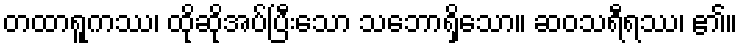
တထာရူကဿ၊ ထိုဆိုအပ်ပြီးသော သဘောရှိသော။ ဆဝသရီရဿ၊ ၏။